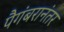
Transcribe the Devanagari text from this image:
पैगंबरानंतर